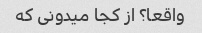
واقعا؟ از کجا میدونی که